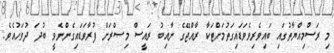
މި ރަސްމިއްޔާތުގައި ބައިވެރިވެވަޑައިގަތުމަށްޓަކާ ރާއްޖޭގެ ނާއިބު ރައީސް މިޞްރަށް ފުރާވަޑައިގެންނެވީ ބުދަ ދުވަހުއެވެ.